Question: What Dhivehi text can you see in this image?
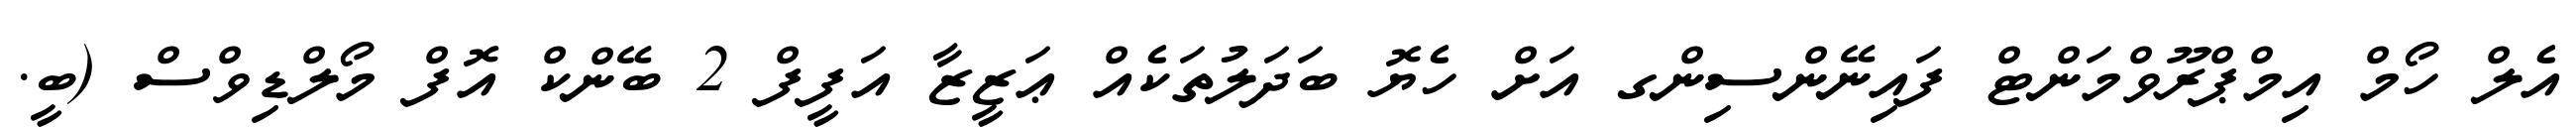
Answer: އެލް ހޯމް އިމްޕްރޫވްމަންޓް ފައިނޭންސިންގ އަށް ހެޔޮ ބަދަލުތަކެއް ޢަޒީޒާ އަފީފް 2 ބޭންކް އޮފް މޯލްޑިވްސް (ބީ.